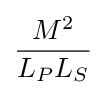
{\frac {M^{2}}{L_{P}L_{S}}}